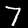
Digit: 7